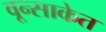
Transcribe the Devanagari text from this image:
वून्साकेत